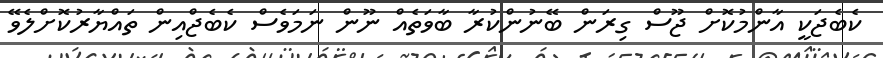
ކެބެޖަކީ އާންމުކޮށް ޖޫސް ގިރަން ބޭނުންކުރާ ބާވަތެއް ނޫން ނަމަވެސް ކެބެޖްއިން ތައްޔާރުކޮށްލެވޭ